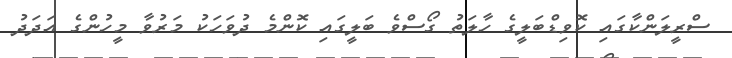
ސްރީލަންކާގައި ކޮވިޑްބަލީގެ ހާލަތު ގޯސްވެ ބަލީގައި ކޮންމެ ދުވަހަކު މަރުވާ މީހުންގެ އަދަދު